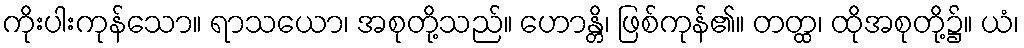
ကိုးပါးကုန်သော။ ရာသယော၊ အစုတို့သည်။ ဟောန္တိ၊ ဖြစ်ကုန်၏။ တတ္ထ၊ ထိုအစုတို့၌။ ယံ၊